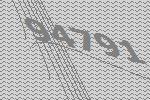
94791